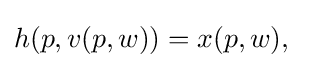
h(p,v(p,w))=x(p,w),\